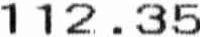
112.35